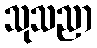
သုသညာ